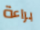
براءة